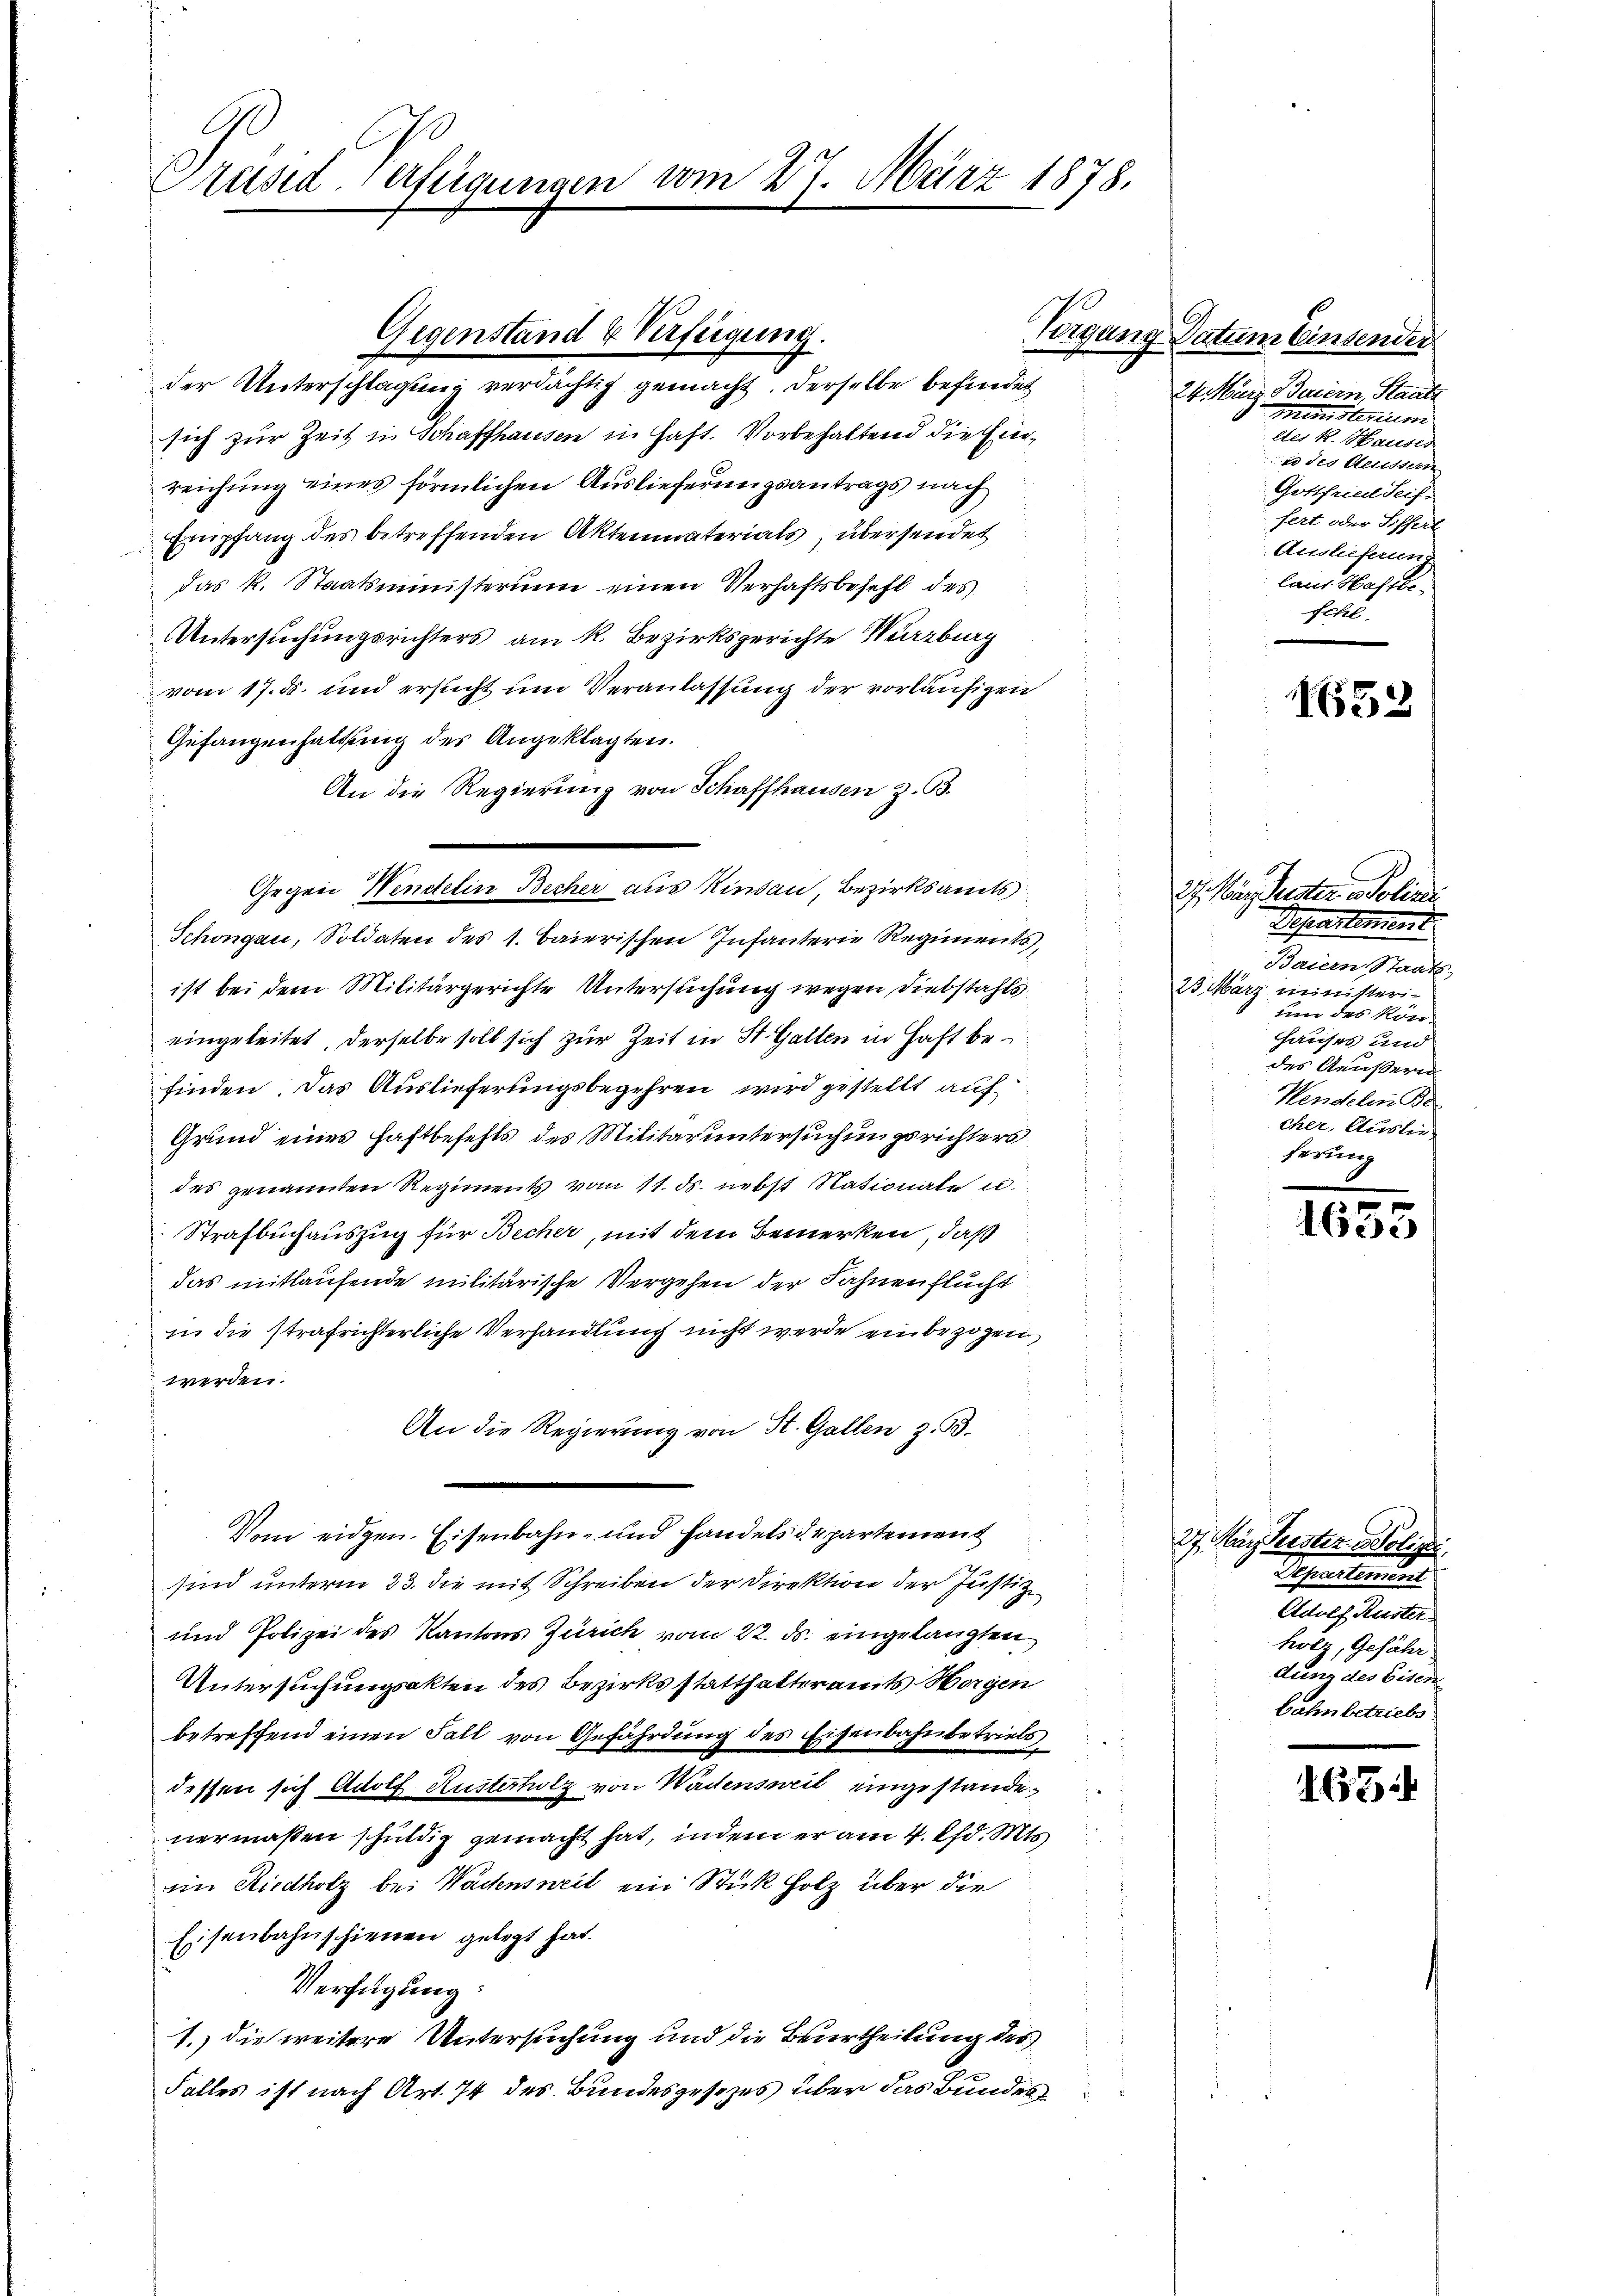
Präsid. erfügungen vom 27. März 1878.

der Unterschlagung verdächtig gemacht. Derselbe befindet
sich zur Zeit in Schaffhausen in Haft. Vorbehaltend die Einreichung eines förmlichen Auslieferungsantrags nach
Empfang des betreffenden Aktenmaterials, übersendet
das k. Staatsministerium einen Verhaftsbehaft des
UUntersuchungsrichters am R. Bezirksgerichte Würzburg
vom 17. d. und ersucht um Veranlassung der vorläufigen
Gefangenhaltung des Angeklagten.
An die Regierung von Schaffhausen z. B.
Schongau, Soldaten des 1. Baierischen Infanterie Regiments,
ist bei dem Militärgerichte Untersuchung wegen Diebstahls
eingeleitet, derselbe soll sich zur Zeit in St. Gallen in Haft befinden. Das Auslieferungsbegehren wird gestellt auf
Grund eines Haftbefehls des Militaruntersuchungsrichters
des genannten Regiments vom 11. ds. nebst Nationale u.
Strafbuchauszug für Becher, mit dem Bemerken, daß
das mitlaufende militärische Vergehen der Fahnen flucht
in die strafrichterliche Verhandlung nicht werde einbezogen,
werden.
An die Regierung von St. Gallen z. B.
Vom eidgen. Eisenbahn- und Handels departement
sind unterm 23. die mit Schreiben der Direktion der Justiz
und Polizei des Kantons Zürich vom 22. ds. eingelangten
Untersuchungsakten des Bezirksstatthalteramts Horgen
betreffend einen Fall von Gefährdung des Eisenbahnbetriebs
dessen sich Adolf Kusterholz von Wadensweil eingestande
vermaßen schuldig gemacht hat, indem er am 4. Chr. Mts.
eim Riedholz bei Wachensweil ein Stick Holz über die
Eisenbahnschienen gelegt hat.
Verfügung:
1. die weitere Untersuchung und die Beurtheilung des
Falles ist nach Art. 74 des Bundesgesezes über das Bundes

Gegenstand & Verfeigung.

Gegen Wendtelin Becher aus Kindau Bezirksamts

Vergang Datum Einsender
24. März Baiern, Staats
Ministerium
ltes k. Hauser
 des Andern
Gottfried Seif
fert oder Sithal
Auslieferun
laut. Hahrbefchl.

152

27. Nur Geister Polizei
Separtement
Baiern, Staats-
23 März ministeriuin des kön¬
Hauses und
des Aeußern
Hendele Be
cher, Auslie
ferung

e
1630

27. März leister Polizei.
Schreiterung
Adolf Ruster.
holz, Gefähr
dung des Eisen.
bahn betriebs

467.